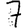
Digit: 7